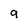
Character: 9